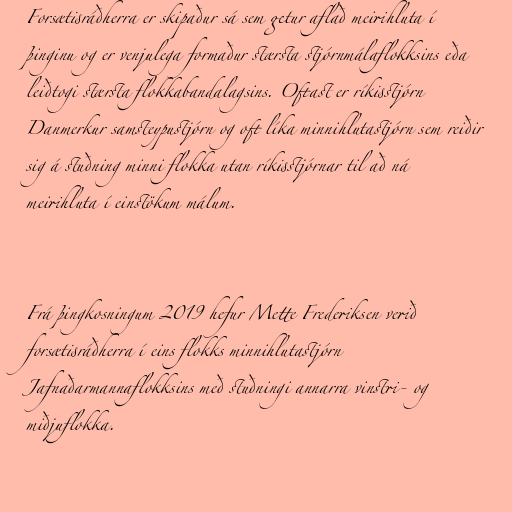
Forsætisráðherra er skipaður sá sem getur aflað meirihluta í
þinginu og er venjulega formaður stærsta stjórnmálaflokksins eða
leiðtogi stærsta flokkabandalagsins. Oftast er ríkisstjórn
Danmerkur samsteypustjórn og oft líka minnihlutastjórn sem reiðir
sig á stuðning minni flokka utan ríkisstjórnar til að ná
meirihluta í einstökum málum.

Frá þingkosningum 2019 hefur Mette Frederiksen verið
forsætisráðherra í eins flokks minnihlutastjórn
Jafnaðarmannaflokksins með stuðningi annarra vinstri- og
miðjuflokka.